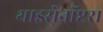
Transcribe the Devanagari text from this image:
थाइसेनॉप्टरा